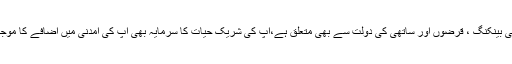
نیو مون بھی بھی بینکنگ ، قرضوں اور ساتھی کی دولت سے بھی متعلق ہے،آپ کی شریک حیات کا سرمایہ بھی آپ کی آمدنی میں اضافے کا موجب بن سکتا ہے۔